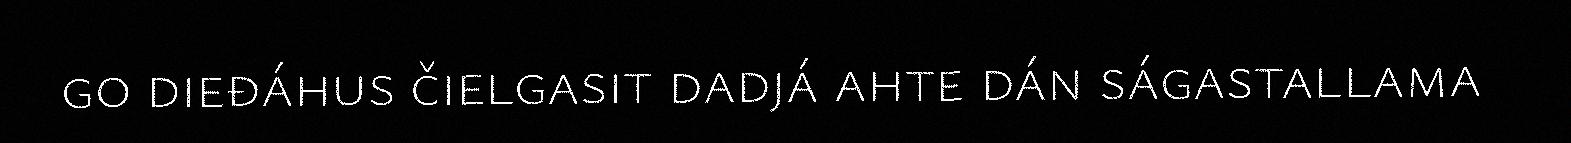
go dieđáhus čielgasit dadjá ahte dán ságastallama